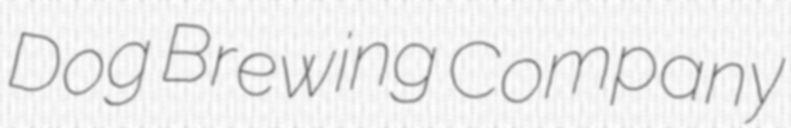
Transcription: Dog Brewing Company